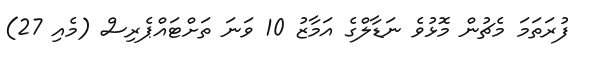
ފުރަތަމަ މެޗުން މޮޅުވެ ނަޑާލްގެ އަމާޒު 10 ވަނަ ތަށްޓައްޕެރިސް (މެއި 27)